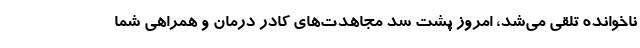
ناخوانده تلقی می‌شد، امروز پشت سد مجاهدت‌های کادر درمان و همراهی شما